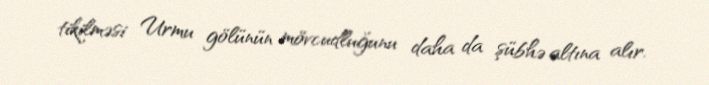
tikilməsi Urmu gölünün mövcudluğunu daha da şübhə altına alır.